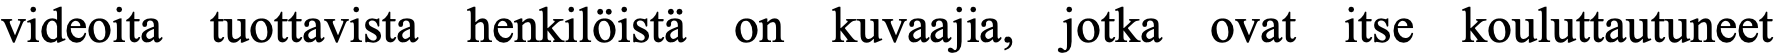
videoita tuottavista henkilöistä on kuvaajia, jotka ovat itse kouluttautuneet